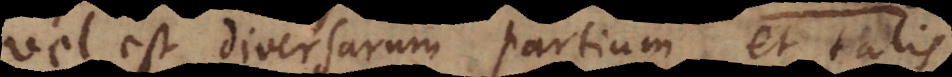
vel est diversarum partium, et talis